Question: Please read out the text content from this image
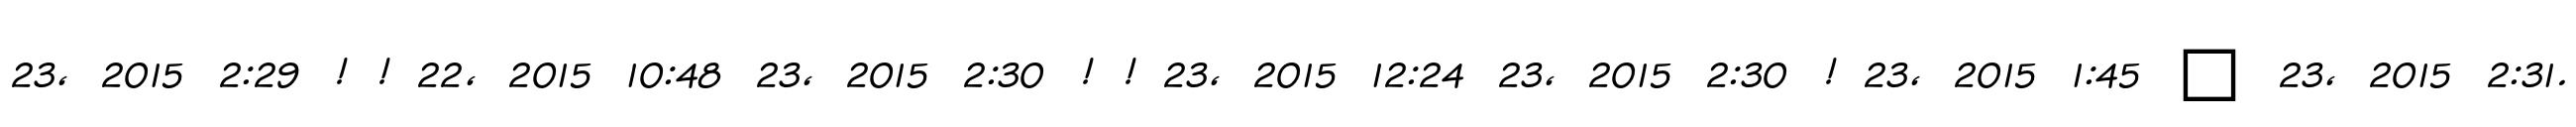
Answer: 23, 2015 2:29 ! ! 22, 2015 10:48 23, 2015 2:30 ! ! 23, 2015 12:24 23, 2015 2:30 ! 23, 2015 1:45 ? 23, 2015 2:31.